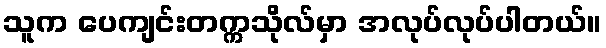
သူက ပေကျင်းတက္ကသိုလ်မှာ အလုပ်လုပ်ပါတယ်။